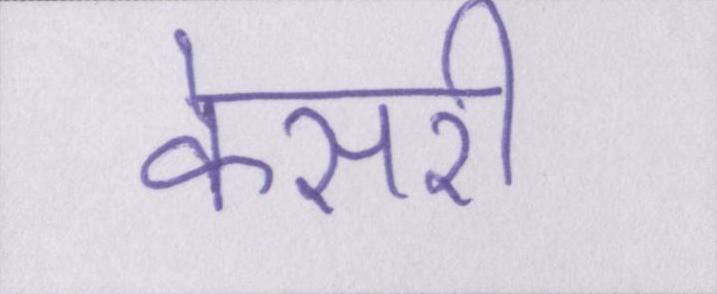
केसरी